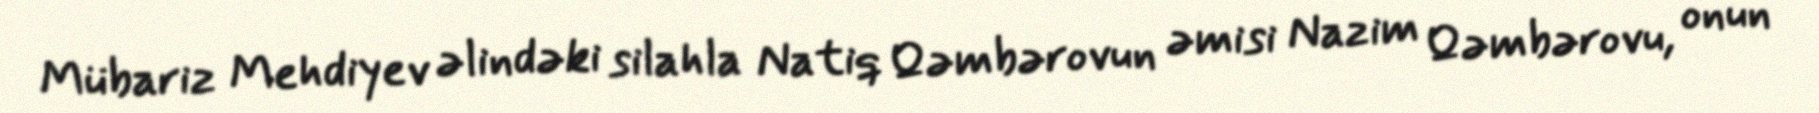
Mübariz Mehdiyev əlindəki silahla Natiq Qəmbərovun əmisi Nazim Qəmbərovu, onun